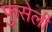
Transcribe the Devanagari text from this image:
फुसेली